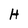
Character: H